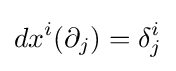
dx^{i}(\partial _{j})=\delta _{j}^{i}